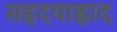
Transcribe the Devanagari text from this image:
सहृदयाह्लाद